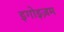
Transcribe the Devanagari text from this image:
इगोइज़म